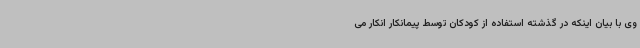
وی با بیان اینکه در گذشته استفاده از کودکان توسط پیمانکار انکار می